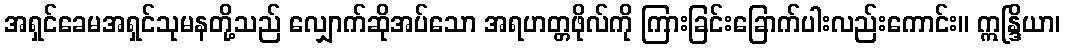
အရှင်ခေမအရှင်သုမနတို့သည် လျှောက်ဆိုအပ်သော အရဟတ္တဖိုလ်ကို ကြားခြင်းခြောက်ပါးလည်းကောင်း။ ဣန္ဒြိယာ၊